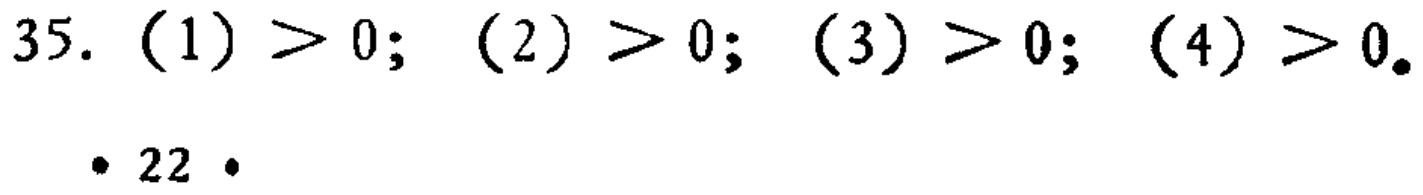
35. (1) $> 0$; (2) $> 0$; (3) $> 0$; (4) $> 0$.

\cdot 22 \cdot